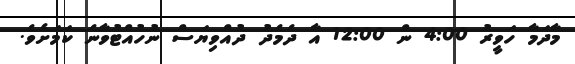
މާދަމާ ހަވީރު 4:00 ން 12:00 އާ ދެމެދު ދުއްވިޔަސް ނުހުއްޓުވާނެ ކަމަށެވެ.